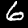
Label: 6